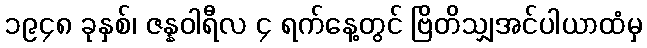
၁၉၄၈ ခုနှစ်၊ ဇန္နဝါရီလ ၄ ရက်နေ့တွင် ဗြိတိသျှအင်ပါယာထံမှ